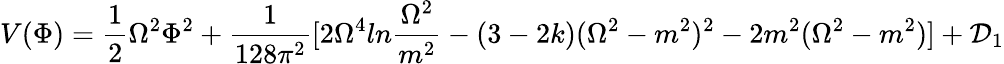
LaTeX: V(\Phi)={\frac{1}{2}}\Omega^{2}\Phi^{2}+{\frac{1}{128\pi^{2}}}[2\Omega^{4}ln{\frac{\Omega^{2}}{m^{2}}}-(3-2k)(\Omega^{2}-m^{2})^{2}-2m^{2}(\Omega^{2}-m^{2})]+{\cal D}_{1}